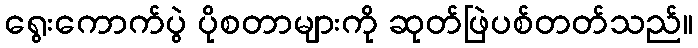
ရွေးကောက်ပွဲ ပိုစတာများကို ဆုတ်ဖြဲပစ်တတ်သည်။